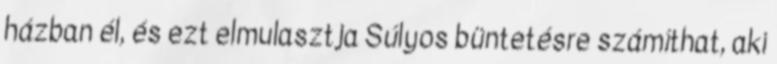
házban él, és ezt elmulasztja Súlyos büntetésre számíthat, aki